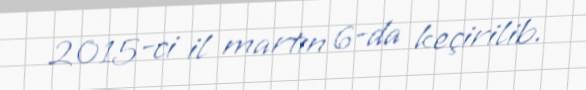
2015-ci il martın 6-da keçirilib.